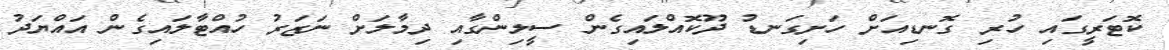
ކޮޓަރީގައި ހުރި ގޮނޑިއަށް ހަށިގަނޑު ދޫކޮއްލައިގެން ސީލިންގާއި ދިމާލަށް ނަޒަރު ހުއްޓާލައިގެން އައްޔަދު